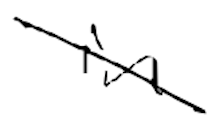
Text: in
Cross-out: diagonal
Writing tool: digital_black